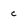
Character: c